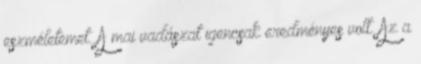
eszméletemet. A mai vadászat igencsak eredményes volt. Az a